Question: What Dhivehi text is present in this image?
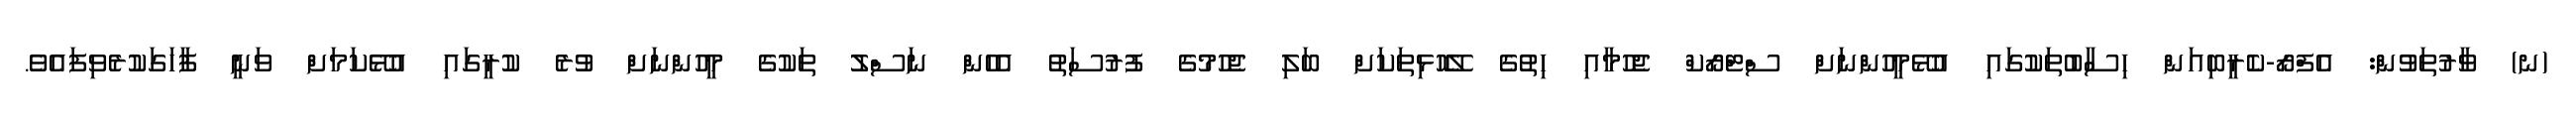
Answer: (ނ) ވާރުތަވުން: އެފްރޯ-ކެރީބިއަން ހިސާބުތަކުގައި އުޅޭމީހުންނަށް ސްޓްރޯކް ޖެހުމާއި ހިތުގެ ލޭހޮޅިތަކަށް ބަލި ޖެހުމުގެ ފުރުސަތު އެހެން ނަސްލު ތަކުގެ މީހުންނަށް ވުރެ ކުރީގައި އުޅޭކަމަށް ވަނީ ފާހަގަކުރެވިފައެވެ.